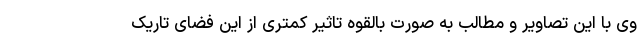
وی با این تصاویر و مطالب به صورت بالقوه تاثیر کمتری از این فضای تاریک